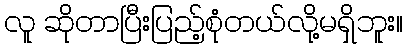
လူ ဆိုတာပြီးပြည့်စုံတယ်လို့မရှိဘူး။